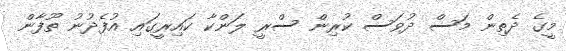
މީގެ ދެތިން މަސް ދުވަސް ކުރިން ސްރީ ލަންކާ ކައިރީގައި އުފެދުނު ތޫފާން